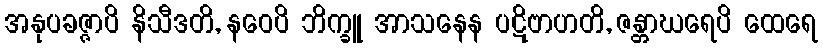
အနုပခဇ္ဇာပိ နိသီဒတိ, နဝေပိ ဘိက္ခူ အာသနေန ပဋိဗာဟတိ, ဇန္တာဃရေပိ ထေရေ